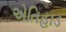
એતિહાડ